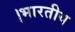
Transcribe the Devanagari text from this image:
।भारतीय